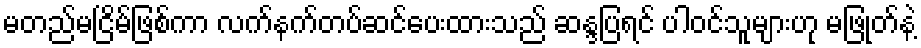
မတည်မငြိမ်ဖြစ်ကာ လက်နက်တပ်ဆင်ပေးထားသည် ဆန္ဒပြရင် ပါဝင်သူများဟု မဖြုတ်နဲ့